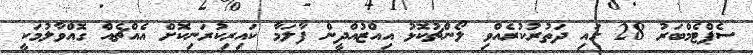
ސެޕްޓެމްބަރު 28 ގައި ދަތުރުކުރެއްވި ލޯންޗުކޮޅު އިއްޒުއްދީން ފާލަމާ ކައިރިކުރަނިކޮށް އެއްޗެއް ގޮއްވާލުމަކީ